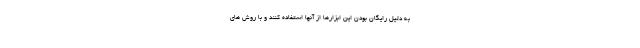
به دلیل رایگان بودن این ابزارها از آنها استفاده کنند و با روش های